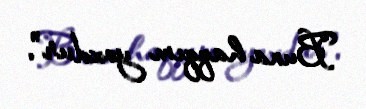
Buna haqqım yoxdur".